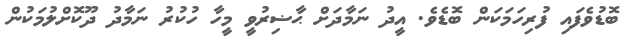
ބޮޑުވެފައި ފުރިހަމަކަން ބޮޑެވެ. އީދު ނަމާދަށް ޙާޟިރުވީ މީހާ ހުކުރު ނަމާދު ދޫކޮށްލުމަކުން